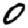
Digit: 0